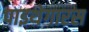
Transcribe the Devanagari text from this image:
पाइथेगारस